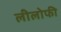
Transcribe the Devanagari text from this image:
लीलोफी